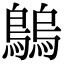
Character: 𪄝